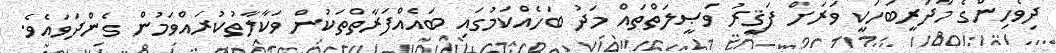
ދިވެހިންގެ މާދަރީބަހަކީ ވަރަށް ފަޤީރު ވަޞީލަތްތައް މަދު ބަހެއްކަމުގައި ބައެއްފަރާތްތަކުން ވަކާލާތުކުރައްވަމުން ގެންދަވައެވެ.